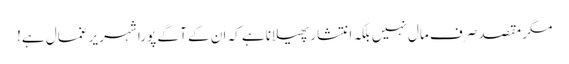
مگر مقصد صرف مال نہیں بلکہ انتشار پھیلانا ہے کہ ان کے آ گے پورا شہر یر غمال ہے!